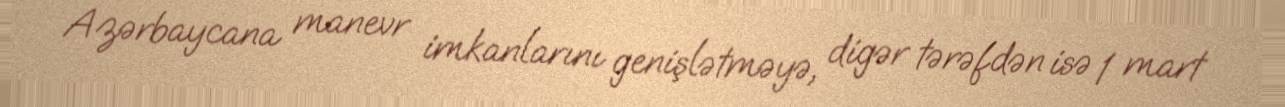
Azərbaycana manevr imkanlarını genişlətməyə, digər tərəfdən isə 1 mart